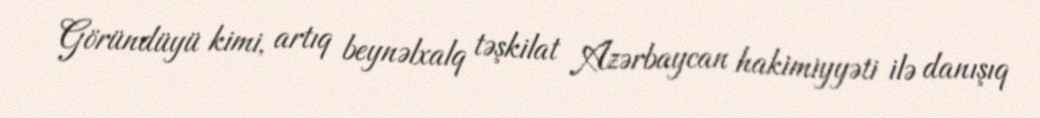
Göründüyü kimi, artıq beynəlxalq təşkilat Azərbaycan hakimiyyəti ilə danışıq